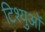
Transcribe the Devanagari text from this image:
टिश्युओं